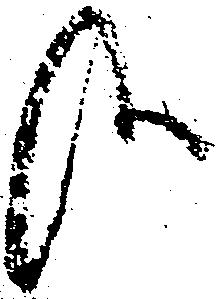
哉